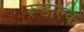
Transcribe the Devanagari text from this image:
रूडोल्क